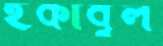
ইকাবুল